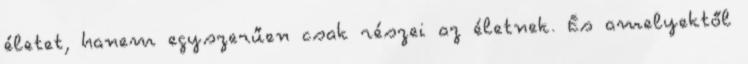
életet, hanem egyszerűen csak részei az életnek. És amelyektől